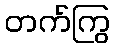
တက်ကြွ